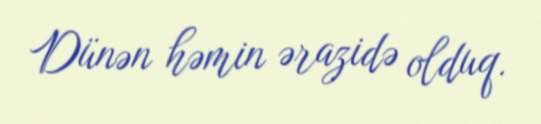
Dünən həmin ərazidə olduq.